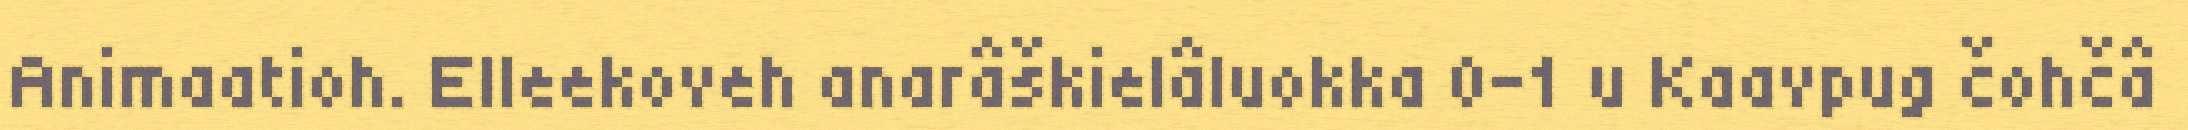
Animaatioh. Elleekoveh anarâškielâluokka 0-1 u Kaavpug čohčâ